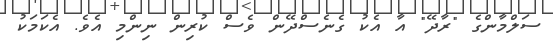
ސަލްމާންގެ "ރާދޭ" އާ އެކު ގެނެސްދޭން ވެސް ކުރިން ނިންމި އެވެ. އެކަމަކު